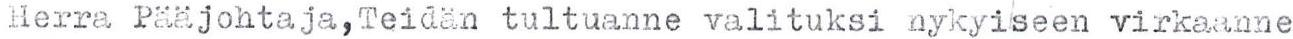
Herra Pääjohtaja,Teidän tultuanne valituksi nykyiseen virkaanne